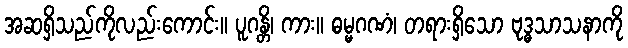
အဆရှိသည်ကိုလည်းကောင်း။ ပူဂန္တိ၊ ကား။ ဓမ္မဂဏံ၊ တရားရှိသော ဗုဒ္ဓသာသနာကို